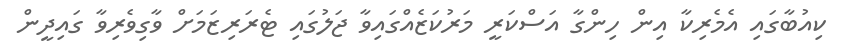
ކިއުބާގައި އެމެރިކާ އިން ހިންގާ އަސްކަރީ މަރުކަޒެއްގައިވާ ޖަލުގައި ޓެރަރިޒަމަށް ވާގިވެރިވާ ގައިދީން